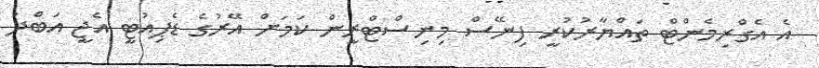
އެ އެގްރިމެންޓް ތައްޔާރުކުރީ ފިނޭސް މިނިސްޓްރީން ކަމަށް އޭރުގެ ޑެޕިއުޓީ އެޖީ އަބްދު